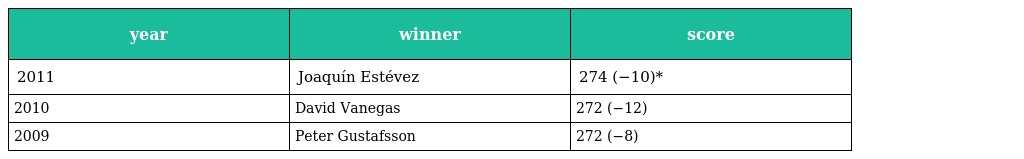
| year | winner | score |
 | --- | --- | --- |
 | 2011 | Joaquín Estévez | 274 (−10)* |
 | 2010 | David Vanegas | 272 (−12) |
 | 2009 | Peter Gustafsson | 272 (−8) |